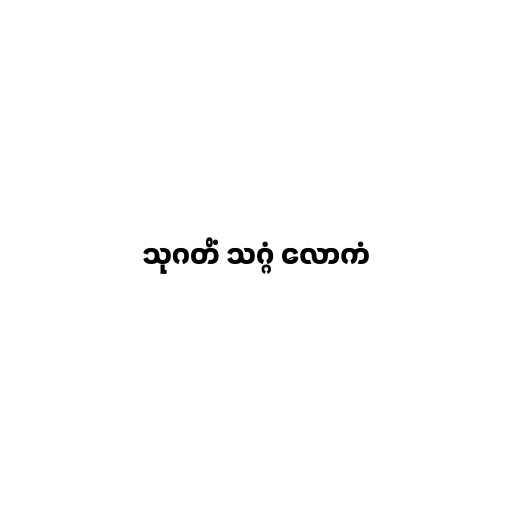
သုဂတိံ သဂ္ဂံ လောကံ